Report of the Indian Hemp Drugs Commission, 1894-1895 - Volume I
Year: 1894
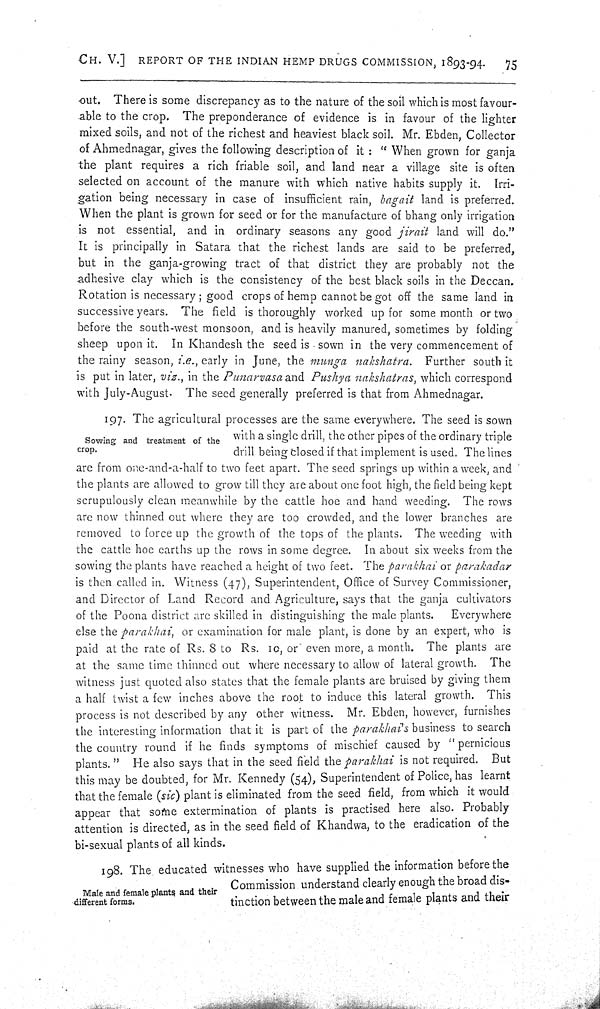
CH. V.] REPORT OF THE INDIAN HEMP DRUGS COMMISSION, 1893-94.
75
out. There is some discrepancy as to the nature of the soil which is most favour-
able to the crop. The preponderance of evidence is in favour of the lighter
mixed soils, and not of the richest and heaviest black soil. Mr. Ebden, Collector
of Ahmednagar, gives the following description of it: "When grown for ganja
the plant requires a rich friable soil, and land near a village site is often
selected on account of the manure with which native habits supply it. Irri-
gation being necessary in case of insufficient rain, bagait land is preferred.
When the plant is grown for seed or for the manufacture of bhang only irrigation
is not essential, and in ordinary seasons any good jirait land will do."
It is principally in Satara that the richest lands are said to be preferred,
but in the ganja-growing tract of that district they are probably not the
adhesive clay which is the consistency of the best black soils in the Deccan.
Rotation is necessary; good crops of hemp cannot be got off the same land in
successive years. The field is thoroughly worked up for some month or two
before the south-west monsoon, and is heavily manured, sometimes by folding
sheep upon it. In Khandesh the seed is sown in the very commencement of
the rainy season, i.e., early in June, the munga nakshatra. Further south it
is put in later, viz., in the Punarvasa and Pushya nakshatras, which correspond
with July-August. The seed generally preferred is that from Ahmednagar.
Sowing and treatment of the
crop.
197. The agricultural processes are the same everywhere. The seed is sown
with a single drill, the other pipes of the ordinary triple
drill being closed if that implement is used. The lines
are from one-and-a-half to two feet apart. The seed springs up within a week, and
the plants are allowed to grow till they are about one foot high, the field being kept
scrupulously clean meanwhile by the cattle hoe and hand weeding. The rows
are now thinned out where they are too crowded, and the lower branches are
removed to force up the growth of the tops of the plants. The weeding with
the cattle hoe earths up the rows in some degree. In about six weeks from the
sowing the plants have reached a height of two feet. The parakhai or parakadar
is then called in. Witness (47), Superintendent, Office of Survey Commissioner,
and Director of Land Record and Agriculture, says that the ganja cultivators
of the Poona district are skilled in distinguishing the male plants. Everywhere
else the parakhai, or examination for male plant, is done by an expert, who is
paid at the rate of Rs. 8 to Rs. 10, or even more, a month. The plants are
at the same time thinned out where necessary to allow of lateral growth. The
witness just quoted also states that the female plants are bruised by giving them
a half twist a few inches above the root to induce this lateral growth. This
process is not described by any other witness. Mr. Ebden, however, furnishes
the interesting information that it is part of the parakhai's business to search
the country round if he finds symptoms of mischief caused by "pernicious
plants." He also says that in the seed field the parakhai is not required. But
this may be doubted, for Mr. Kennedy (54), Superintendent of Police, has learnt
that the female (sic) plant is eliminated from the seed field, from which it would
appear that some extermination of plants is practised here also. Probably
attention is directed, as in the seed field of Khandwa, to the eradication of the
bi-sexual plants of all kinds.
Male and female plants and their
different forms.
198. The educated witnesses who have supplied the information before the
Commission understand clearly enough the broad dis-
tinction between the male and female plants and their